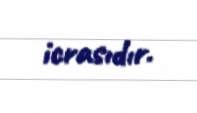
icrasıdır.